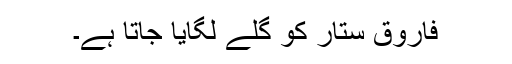
فاروق ستار کو گلے لگایا جاتا ہے۔